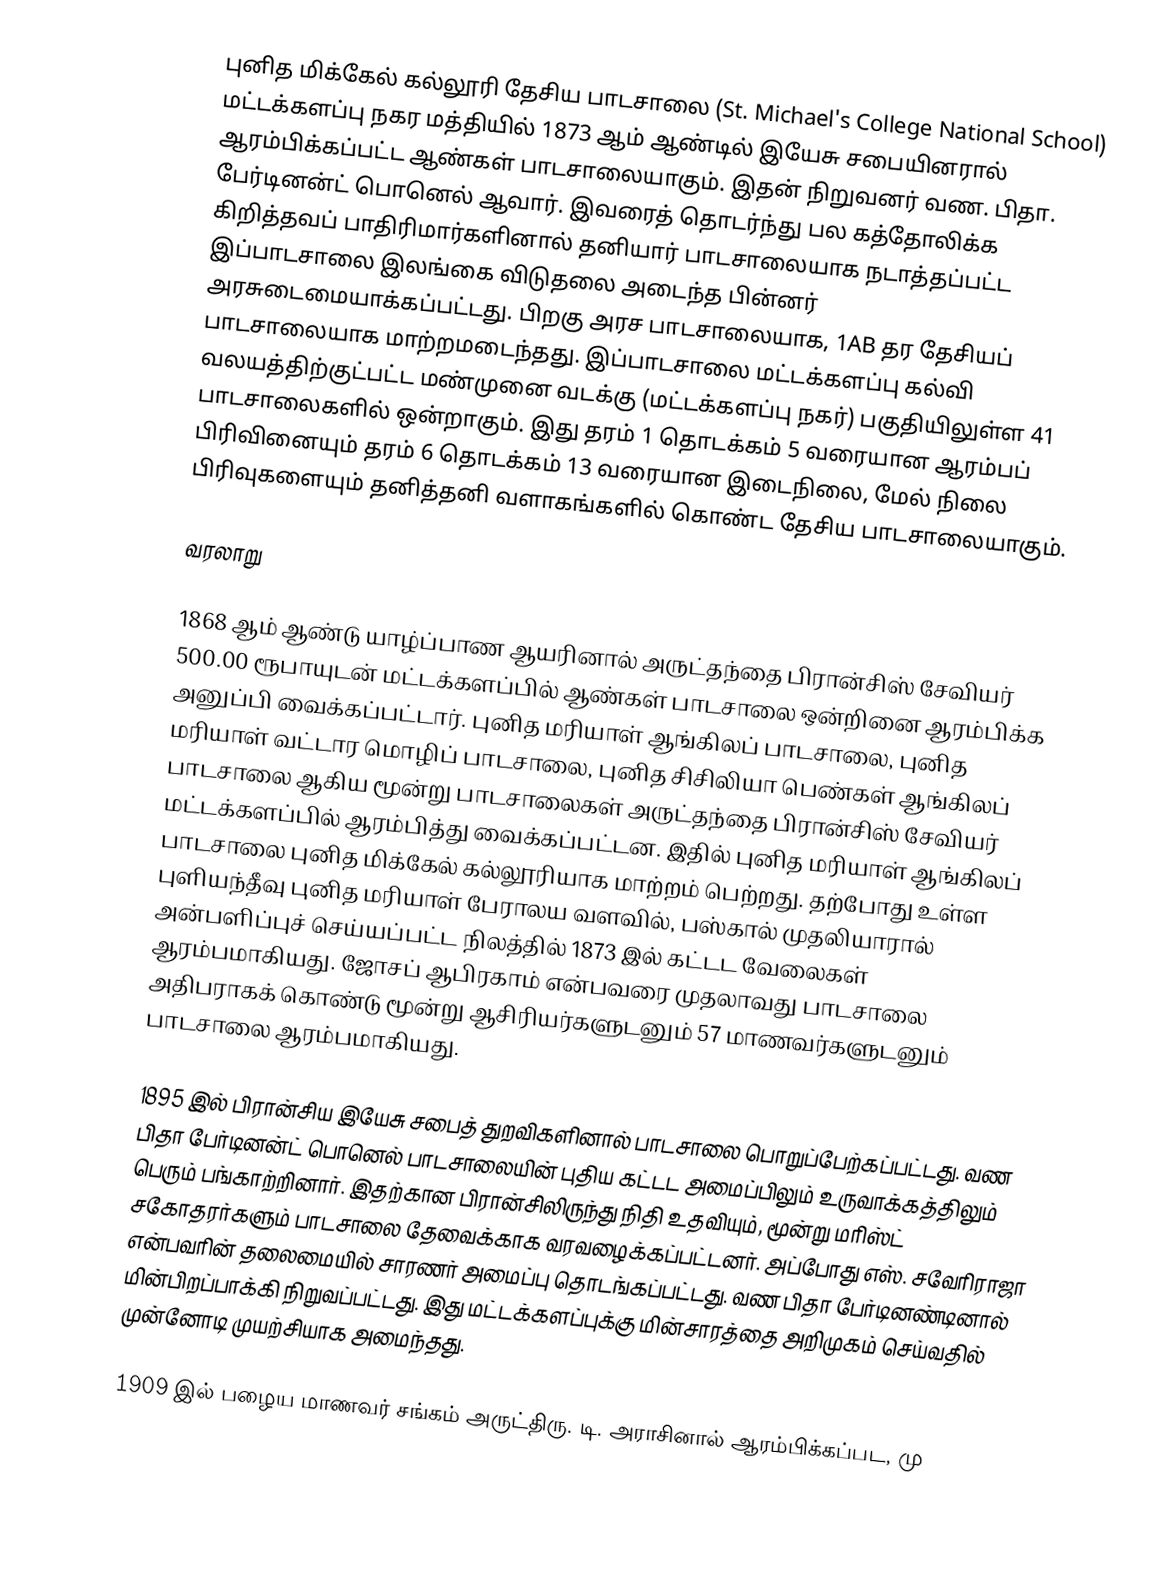
புனித மிக்கேல் கல்லூரி தேசிய பாடசாலை (St. Michael's College National School) மட்டக்களப்பு நகர மத்தியில் 1873 ஆம் ஆண்டில் இயேசு சபையினரால் ஆரம்பிக்கப்பட்ட ஆண்கள் பாடசாலையாகும். இதன் நிறுவனர் வண. பிதா. பேர்டினன்ட் பொனெல் ஆவார். இவரைத் தொடர்ந்து பல கத்தோலிக்க கிறித்தவப் பாதிரிமார்களினால் தனியார் பாடசாலையாக நடாத்தப்பட்ட இப்பாடசாலை இலங்கை விடுதலை அடைந்த பின்னர் அரசுடைமையாக்கப்பட்டது. பிறகு அரச பாடசாலையாக, 1AB தர தேசியப் பாடசாலையாக மாற்றமடைந்தது. இப்பாடசாலை மட்டக்களப்பு கல்வி வலயத்திற்குட்பட்ட மண்முனை வடக்கு (மட்டக்களப்பு நகர்) பகுதியிலுள்ள 41 பாடசாலைகளில் ஒன்றாகும். இது தரம் 1 தொடக்கம் 5 வரையான ஆரம்பப் பிரிவினையும் தரம் 6 தொடக்கம் 13 வரையான இடைநிலை, மேல் நிலை பிரிவுகளையும் தனித்தனி வளாகங்களில் கொண்ட தேசிய பாடசாலையாகும்.

வரலாறு

1868 ஆம் ஆண்டு யாழ்ப்பாண ஆயரினால் அருட்தந்தை பிரான்சிஸ் சேவியர் 500.00 ரூபாயுடன் மட்டக்களப்பில் ஆண்கள் பாடசாலை ஒன்றினை ஆரம்பிக்க அனுப்பி வைக்கப்பட்டார். புனித மரியாள் ஆங்கிலப் பாடசாலை, புனித மரியாள் வட்டார மொழிப் பாடசாலை, புனித சிசிலியா பெண்கள் ஆங்கிலப் பாடசாலை ஆகிய மூன்று பாடசாலைகள் அருட்தந்தை பிரான்சிஸ் சேவியர் மட்டக்களப்பில் ஆரம்பித்து வைக்கப்பட்டன. இதில் புனித மரியாள் ஆங்கிலப் பாடசாலை புனித மிக்கேல் கல்லூரியாக மாற்றம் பெற்றது. தற்போது உள்ள புளியந்தீவு புனித மரியாள் பேராலய வளவில், பஸ்கால் முதலியாரால் அன்பளிப்புச் செய்யப்பட்ட நிலத்தில் 1873 இல் கட்டட வேலைகள் ஆரம்பமாகியது. ஜோசப் ஆபிரகாம் என்பவரை முதலாவது பாடசாலை அதிபராகக் கொண்டு மூன்று ஆசிரியர்களுடனும் 57 மாணவர்களுடனும் பாடசாலை ஆரம்பமாகியது.

1895 இல் பிரான்சிய இயேசு சபைத் துறவிகளினால் பாடசாலை பொறுப்பேற்கப்பட்டது. வண பிதா பேர்டினன்ட் பொனெல் பாடசாலையின் புதிய கட்டட அமைப்பிலும் உருவாக்கத்திலும் பெரும் பங்காற்றினார். இதற்கான பிரான்சிலிருந்து நிதி உதவியும், மூன்று மரிஸ்ட் சகோதரர்களும் பாடசாலை தேவைக்காக வரவழைக்கப்பட்டனர். அப்போது எஸ். சவேரிராஜா என்பவரின் தலைமையில் சாரணர் அமைப்பு தொடங்கப்பட்டது. வண பிதா பேர்டினண்டினால் மின்பிறப்பாக்கி நிறுவப்பட்டது. இது மட்டக்களப்புக்கு மின்சாரத்தை அறிமுகம் செய்வதில் முன்னோடி முயற்சியாக அமைந்தது.

1909 இல் பழைய மாணவர் சங்கம் அருட்திரு. டி. அராசினால் ஆரம்பிக்கப்பட, மு